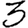
Digit: 3